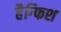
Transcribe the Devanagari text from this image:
हैग्फिश